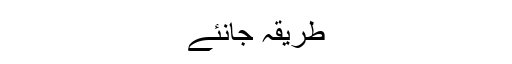
طریقہ جانئے